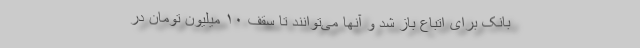
بانک برای اتباع باز شد و آنها می‌توانند تا سقف ۱۰ میلیون تومان در